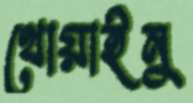
থোয়াইনু